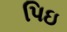
પિઇ